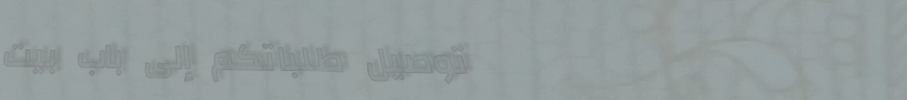
توصيل طلباتكم إلى باب بيت